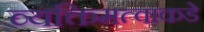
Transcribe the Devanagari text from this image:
व्यक्तिमत्वाकडे